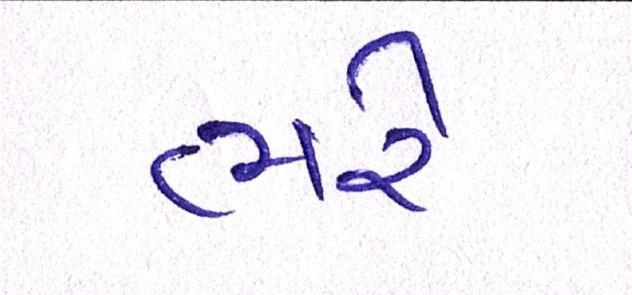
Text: ભરે